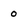
Character: 0